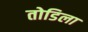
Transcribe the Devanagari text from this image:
तोडिला